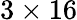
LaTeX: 3\times 16